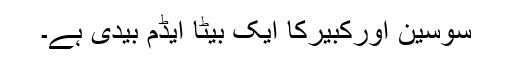
سوسین اورکبیرکا ایک بیٹا ایڈم بیدی ہے۔